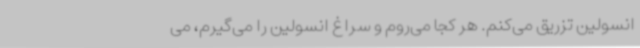
انسولین تزریق می‌کنم. هر کجا می‌روم و سراغ انسولین را می‌گیرم، می